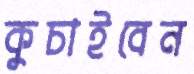
কুচাইবেন